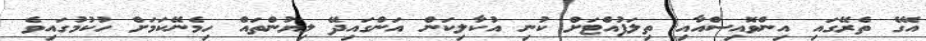
އޭގެ ތެރޭގައި އިންވޮއިސްއާއި ތިލަފުއްޓަށް ކުނި އުކާލިކަން އަންގައިދޭ ލިޔުންތައް ހިމެނޭކަމަށް ހުކުމުގައިވެ